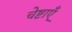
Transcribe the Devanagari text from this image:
चेष्टाऍं